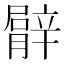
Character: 𦡍